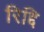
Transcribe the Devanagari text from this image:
रिद्दि